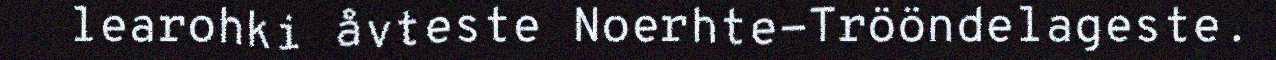
learohki åvteste Noerhte-Trööndelageste.